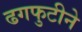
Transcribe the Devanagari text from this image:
ढगफुटीने